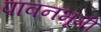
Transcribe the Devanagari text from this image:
पावनभूमी